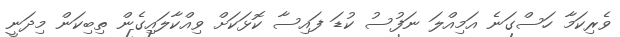
ވެރިކަމާ ހަސްގަނެ އަމިއްލަ ނަފުސު ކުޑަ ފައިސާ ކޮޅަކަށް ވިއްކާލައިގެން ތިބިކަން މިދަނީ